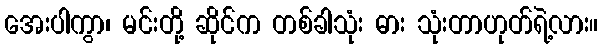
အေးပါကွာ၊ မင်းတို့ ဆိုင်က တစ်ခါသုံး ဓား သုံးတာဟုတ်ရဲ့လား။